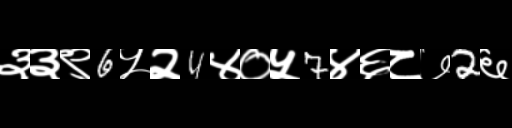
Text: ३३९6५२4४०५7४६८७2६